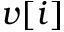
v [ i ]